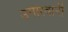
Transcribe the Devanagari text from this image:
उगीरवानी